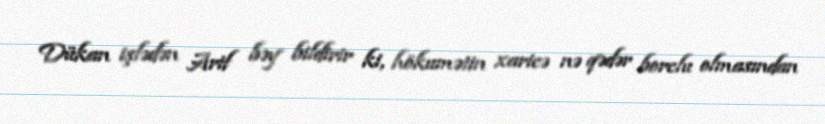
Dükan işlədən Arif bəy bildirir ki, hökumətin xaricə nə qədər borclu olmasından